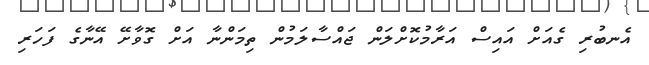
އެނބުރި ގެއަށް އައިސް އަރާމުކޮށްލަން ޖައްސާލަމުން ތިމަންނާ އަށް ގޮވާށޭ އޭނާގެ ފަހަރި